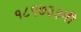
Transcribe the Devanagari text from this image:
१८९७३३बी